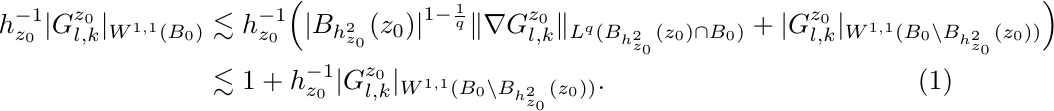
\begin{align}
h^{-1}_{z_0}|G^{z_0}_{l,k}|_{W^{1,1}(B_0)} & \lesssim h^{-1}_{z_0} \Big( |B_{h^2_{z_0}}(z_0)|^{1-\frac{1}{q}}\|\nabla G^{z_0}_{l,k}\|_{L^q(B_{h^2_{z_0}}(z_0) \cap B_0)} + |G^{z_0}_{l,k}|_{W^{1,1}( B_0 \setminus B_{h^2_{z_0}}(z_0)) } \Big) \notag \\ & \lesssim 1 + h^{-1}_{z_0} |G^{z_0}_{l,k}|_{W^{1,1}( B_0 \setminus B_{h^2_{z_0}}(z_0)) }. \label{5.20}
\end{align}